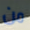
من